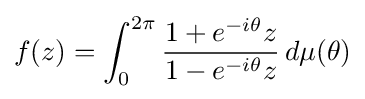
f(z)=\int _{0}^{2\pi }{1+e^{-i\theta }z \over 1-e^{-i\theta }z}\,d\mu (\theta )